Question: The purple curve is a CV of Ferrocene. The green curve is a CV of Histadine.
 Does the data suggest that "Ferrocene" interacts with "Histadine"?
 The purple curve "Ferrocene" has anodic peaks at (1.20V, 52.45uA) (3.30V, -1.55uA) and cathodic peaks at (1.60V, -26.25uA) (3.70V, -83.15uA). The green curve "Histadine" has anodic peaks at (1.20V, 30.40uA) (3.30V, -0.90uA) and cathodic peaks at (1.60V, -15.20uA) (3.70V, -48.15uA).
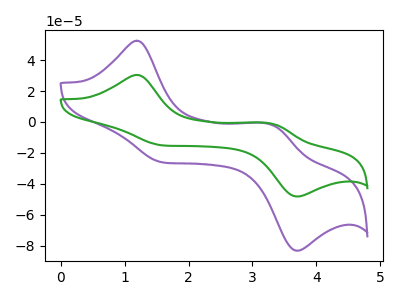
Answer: <think>All the peaks in "Ferrocene" have a peak in "Histadine" at the same potential.
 </think>
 <answer>No, "Ferrocene" and "Histadine" don't appear to be significantly different in shape</answer>
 <eval>no_change</eval>